Indian journal of veterinary science and animal husbandry - Volume 4,
Year: 1934
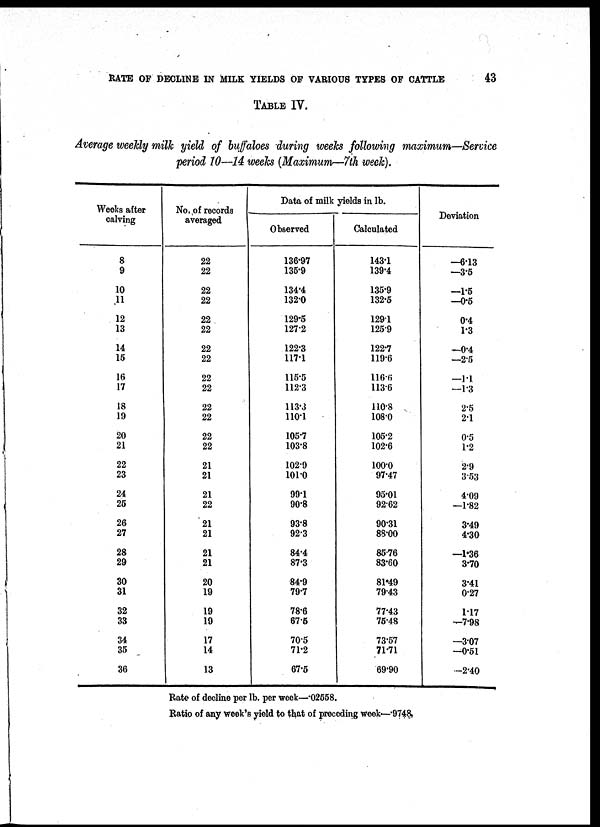
RATE OF DECLINE IN MILK YIELDS OF VARIOUS TYPES OF CATTLE
43
TABLE IV.
Average weekly milk yield of buffaloes during weeks following maximum—Service
period 10—14 weeks (Maximum—7th week).
Weeks after
calving
8
9
10
11
12
13
14
15
16
17
18
19
20
21
22
23
24
25
26
27
28
29
30
31
32
33
34
35
36
No. of records
averaged
22
22
22
22
22
22
22
22
22
22
22
22
22
22
21
21
21
22
21
21
21
21
20
19
19
19
17
14
13
Data of milk yields in lb.
Observed
136.97
135.9
134.4
132.0
129.5
127.2
122.3
117.1
115.5
112.3
113.3
110.1
105.7
103.8
102.9
101.0
99.1
90.8
93.8
92.3
84.4
87.3
84.9
79.7
78.6
67.6
70.5
71.2
67.5
Calculated
143.1
139.4
135.9
132.5
129.1
125.9
122.7
119.6
116.6
113.6
110.8
108.0
105.2
102.6
100.0
97.47
95.01
92.62
90.31
88.00
85.76
83.60
81.49
79.43
77.43
75.48
73.57
71.71
69.90
Deviation
—6.13
—3.5
—1.5
—0.5
0.4
1.3
—0.4
—2.5
—1.1
—1.3
2.5
2.1
0.5
1.2
2.9
3.53
4.09
—1.82
3.49
4.30
—1.36
3.70
3.41
0.27
1.17
—7.98
—3.07
—0.51
—2.40
Rate of decline per lb. per week—.02558.
Ratio of any week's yield to that of preceding week—.9748